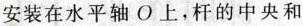
安装在水平轴O上，杆的中央和